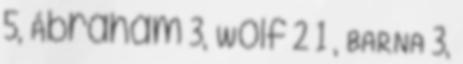
5, Ábrahám 3, Wolf 2 1 , BARNA 3,